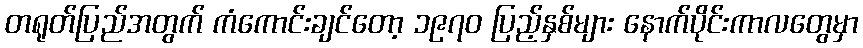
တရုတ်ပြည်အတွက် ကံကောင်းချင်တော့ ၁၉၇၀ ပြည့်နှစ်များ နောက်ပိုင်းကာလတွေမှာ